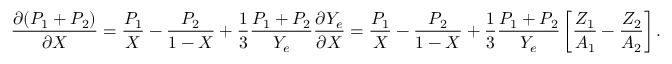
{ \frac { \partial ( P _ { 1 } + P _ { 2 } ) } { \partial X } } = { \frac { P _ { 1 } } { X } } - { \frac { P _ { 2 } } { 1 - X } } + { \frac { 1 } { 3 } } { \frac { P _ { 1 } + P _ { 2 } } { Y _ { e } } } { \frac { \partial Y _ { e } } { \partial X } } = { \frac { P _ { 1 } } { X } } - { \frac { P _ { 2 } } { 1 - X } } + { \frac { 1 } { 3 } } { \frac { P _ { 1 } + P _ { 2 } } { Y _ { e } } } \left[ { \frac { Z _ { 1 } } { A _ { 1 } } } - { \frac { Z _ { 2 } } { A _ { 2 } } } \right] .